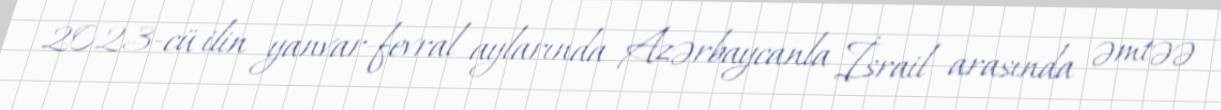
2023-cü ilin yanvar-fevral aylarında Azərbaycanla İsrail arasında əmtəə